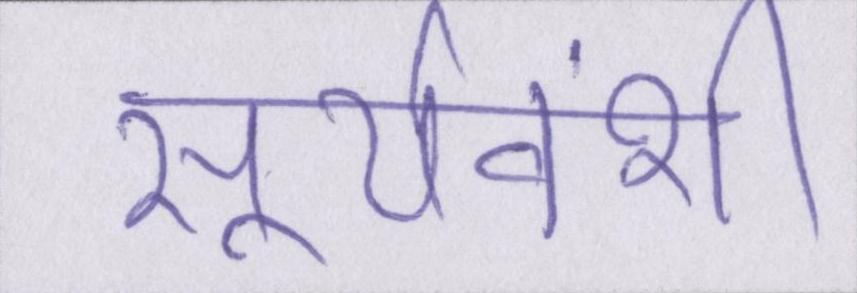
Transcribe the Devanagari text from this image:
सूर्यवंशी